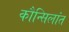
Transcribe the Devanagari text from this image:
कौन्सिलांत